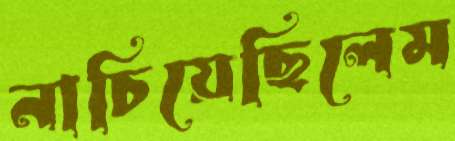
নাচিয়েছিলেম